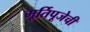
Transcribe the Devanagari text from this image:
मूर्तिपूजेची